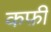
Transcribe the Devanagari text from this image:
कफ़ी